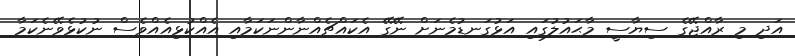
އަދި މި ރާއްޖޭގެ ސިޔާސީ މާޙައުލުގައި އަޅުގަނޑުމެނަށް ނޭގޭ އެކައްޗެއްނާންނަކަމާއި އެއްކުޅިއެއްވެސް ނުކުޅެވޭނެކަމާ